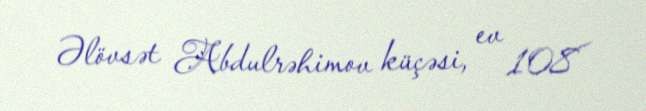
Əlövsət Abdulrəhimov küçəsi, ev 108